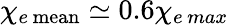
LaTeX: \chi_{e\, \mathrm{mean}}\simeq 0.6\chi_{e\, max}